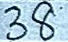
38